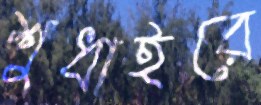
শুধাইরে